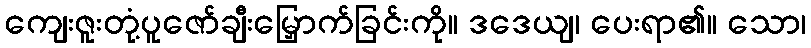
ကျေးဇူးတုံ့ပူဇော်ချီးမြှောက်ခြင်းကို။ ဒဒေယျ၊ ပေးရာ၏။ သော၊